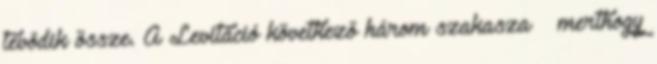
tevődik össze. A Levitáció következő három szakasza – merthogy